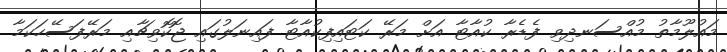
މައުލޫމާތު މުއްސަނދިވި ފެޑެރާ ކުއާޓާ އަށް މަރޭ ކަޓައިފިކުއާޓާ ފައިނަލުގައި ޖޮކޮވިޗާއި މަރޭފަސޭހަކަމާ